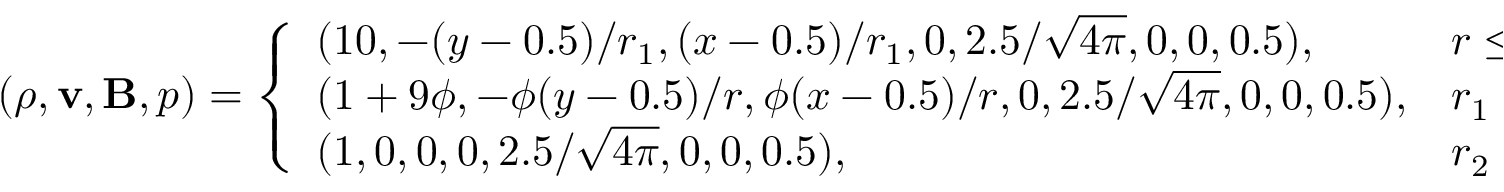
( \rho , \mathbf { v } , \mathbf { B } , p ) = \left\{ \begin{array} { l l } { ( 1 0 , - ( y - 0 . 5 ) / r _ { 1 } , ( x - 0 . 5 ) / r _ { 1 } , 0 , 2 . 5 / \sqrt { 4 \pi } , 0 , 0 , 0 . 5 ) , } & { r \leq r _ { 1 } , } \\ { ( 1 + 9 \phi , - \phi ( y - 0 . 5 ) / r , \phi ( x - 0 . 5 ) / r , 0 , 2 . 5 / \sqrt { 4 \pi } , 0 , 0 , 0 . 5 ) , } & { r _ { 1 } < r \leq r _ { 2 } , } \\ { ( 1 , 0 , 0 , 0 , 2 . 5 / \sqrt { 4 \pi } , 0 , 0 , 0 . 5 ) , } & { r _ { 2 } < r , } \end{array} \right.